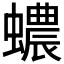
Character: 𧓅